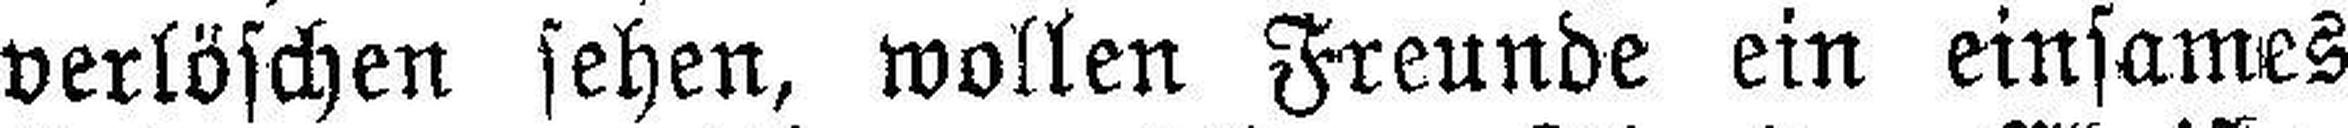
verlöschen sehen, wollen Freunde ein einsames